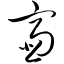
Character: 齑